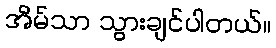
အိမ်သာ သွားချင်ပါတယ်။